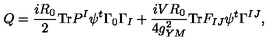
Q = \frac { i R _ { 0 } } { 2 } \mathrm { T r } P ^ { I } \psi ^ { t } \Gamma _ { 0 } \Gamma _ { I } + \frac { i V R _ { 0 } } { 4 g _ { Y M } ^ { 2 } } \mathrm { T r } F _ { I J } \psi ^ { t } \Gamma ^ { I J } ,